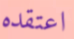
اعتقده